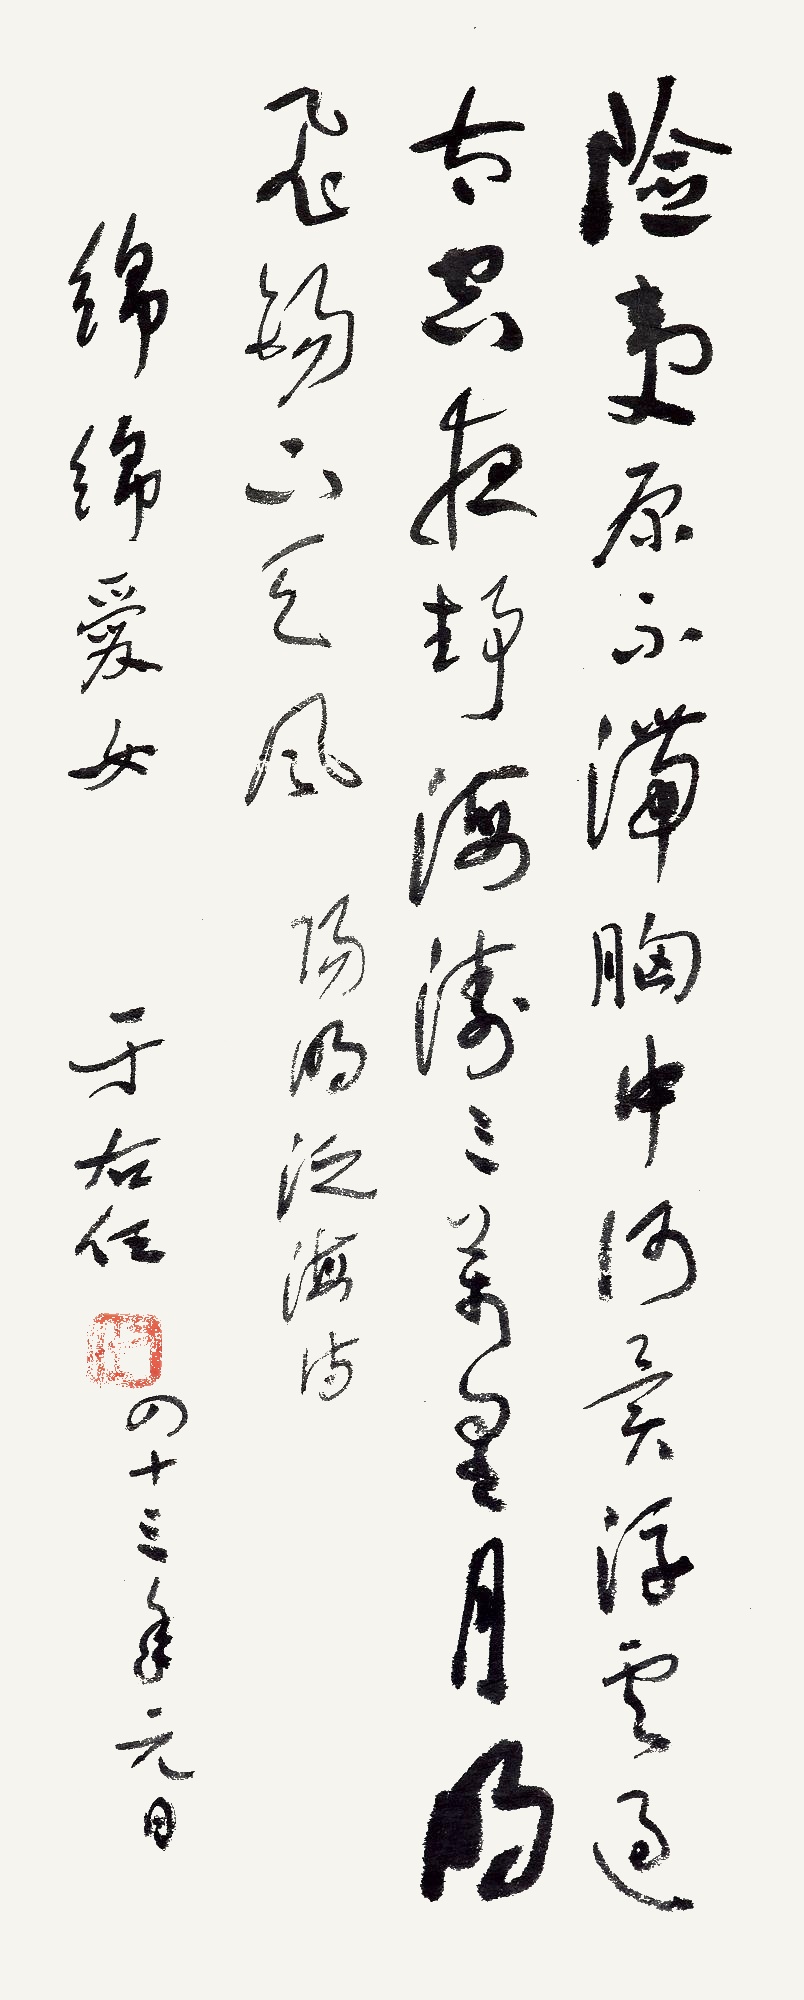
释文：险夷原不滞胸中，何异浮云过太空，夜静海涛三万里，月明飞锡上天风。阳明泛海诗，绵绵爱女，于右任，四十三年元月。